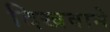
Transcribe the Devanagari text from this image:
दिखवाने